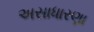
અસાધારણા